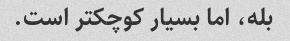
بله، اما بسیار کوچکتر است.